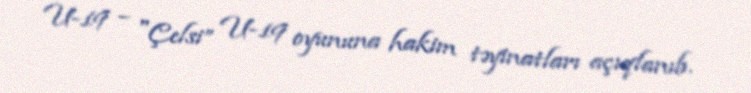
U-19 – "Çelsi” U-19 oyununa hakim təyinatları açıqlanıb.